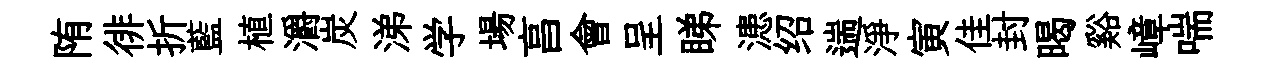
陏徘折藍植灂炭涕学場亯會呈睇漶绍遄淨寅佳封暍谿嶂喘